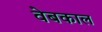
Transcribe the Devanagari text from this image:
वेबकाल